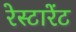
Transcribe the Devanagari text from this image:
रेस्टारेंट